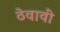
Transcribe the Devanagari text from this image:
ठेवावीं